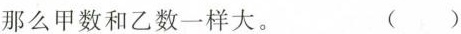
那么甲数和乙数一样大。 ()